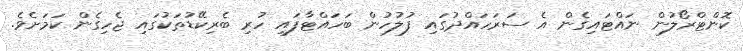
ކޮންޓްރޯލުން ނައްޓައިގެން އެ ސަރަހައްދުގައި ފުލުހުން ބަހައްޓާފައި ހުރި ބެރިކޭޑުތަކުގައި ޖެހިގެން ކަމަށެވެ.